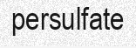
persulfate